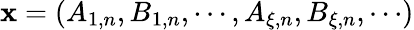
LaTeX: {\mathbf x}=\left(A_{1,n},B_{1,n},\cdots,A_{\xi,n},B_{\xi,n},\cdots\right)